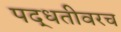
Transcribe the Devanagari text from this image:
पद्धतीवरच